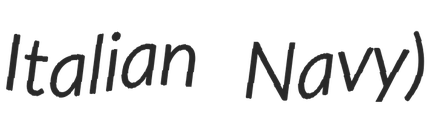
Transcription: Italian Navy)